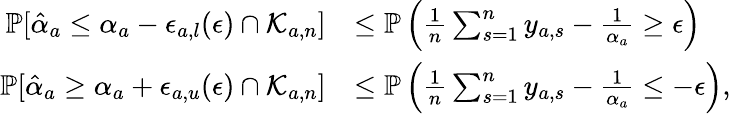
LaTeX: \begin{array}{rl}{\mathbb{P}[\hat{\alpha}_{a}\leq\alpha_{a}-\epsilon_{a,l}(\epsilon)\cap\mathcal{K}_{a,n}]}&{\leq\mathbb{P}\left(\frac{1}{n}\sum_{s=1}^{n}y_{a,s}-\frac{1}{\alpha_{a}}\geq\epsilon\right)}\\ {\mathbb{P}[\hat{\alpha}_{a}\geq\alpha_{a}+\epsilon_{a,u}(\epsilon)\cap\mathcal{K}_{a,n}]}&{\leq\mathbb{P}\left(\frac{1}{n}\sum_{s=1}^{n}y_{a,s}-\frac{1}{\alpha_{a}}\leq-\epsilon\right),}\end{array}